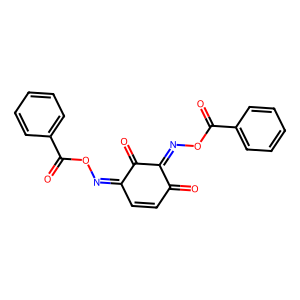
SMILES: O=C(ON=c1ccc(=O)c(=NOC(=O)c2ccccc2)c1=O)c1ccccc1
Inhibits HIV replication: No